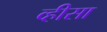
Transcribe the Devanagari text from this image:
व्हीसा